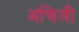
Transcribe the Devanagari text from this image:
अचिली